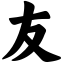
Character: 友